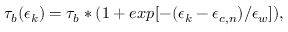
\tau _ { b } ( \epsilon _ { k } ) = \tau _ { b } * ( 1 + e x p [ - ( \epsilon _ { k } - \epsilon _ { c , n } ) / \epsilon _ { w } ] ) ,